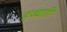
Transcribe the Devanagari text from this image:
हज्दारी